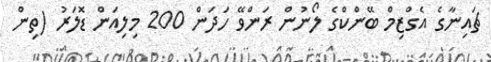
ޗައިނާގެ އެގްޒިމް ބޭންކްގެ ލޯނުން ރަންވޭ ހަދަން 200 މިލިއަން ޑޮލަރު (ތިން